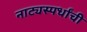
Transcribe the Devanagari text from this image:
नाट्यस्पर्धांची